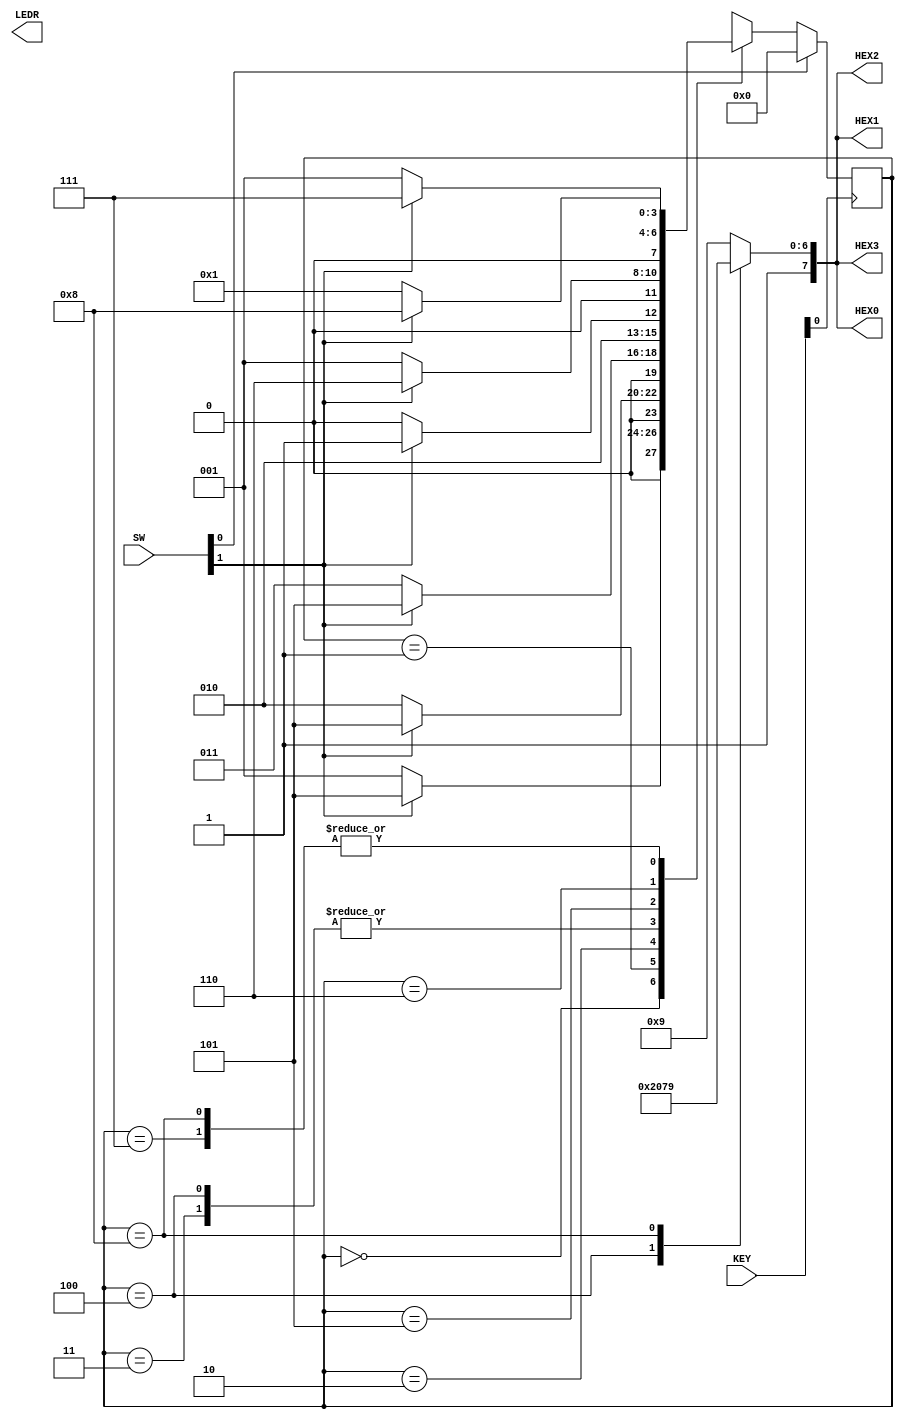
module Part2(SW,KEY,LEDR,HEX0,HEX1,HEX2,HEX3);
input [9:0] SW;
input [1:0] KEY;
output [9:0] LEDR;
output [7:0] HEX0,HEX1,HEX2,HEX3;
wire clock;

reg [3:0] y_Q;
reg [3:0] Y_D,temp;
reg [7:0] d;
parameter A=4'b0000, B=4'b0001, C=4'b0010, D=4'b0011, E=4'b0100, F=4'b0101, G=4'b0110, H=4'b0111, I=4'b1000;

assign clock = KEY[0];
assign w = SW[1];
assign reset = SW[0];


//state_update su1(Y_D,clock,reset,y_Q); 

always @ (w,y_Q)

begin: state_table
case(y_Q)
	A: if(!w) Y_D <= B;
	else Y_D <= F;
	B: if(!w) Y_D <= C;
	else Y_D <= F;
	C: if(!w) Y_D <= D;
	else Y_D <= F;
	D: if(!w) Y_D <= E;
	else Y_D <= F;
	E: if(!w) Y_D <= E;
	else Y_D <= F;
	F: if(w) Y_D <= G;
	else Y_D <= B;
	G: if(w) Y_D <= H;
	else Y_D <= B;
	H: if(w) Y_D <= I;
	else Y_D <= B;
	I: if(w) Y_D <= I;
	else Y_D <= B;
	default : Y_D <= 4'bxxxx;
endcase 
end 

always @ (posedge clock)
begin
if(reset)
y_Q <= 4'b0000;
else 
y_Q <= Y_D; 


//y_Q <= temp;



end

assign LEDR[8:5] = y_Q;
//Display
always @ (*)
begin: display

case(y_Q)
	E: d <= 8'b11000000;
	I: d <= 8'b11111001;
	default: d<= 8'b10001001;
endcase

end	

//assign LEDR[8:5] = y_Q;
assign HEX0 = d;
assign HEX1 = d;
assign HEX2 = d;
assign HEX3 = d;

endmodule 


module state_update(Y_D,clock,reset,y_Q);
input [3:0] Y_D;
input clock,reset;
output reg [3:0] y_Q;

reg [3:0] temp;

always @ (posedge clock or posedge reset)

begin: state_FFs;
if(reset)
temp <= 4'b0000;
else 
temp <= Y_D; 


y_Q <= temp;

end

endmodule